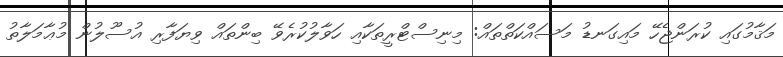
މަޤާމުގައި ކުރަންޖެހޭ މައިގަނޑު މަސައްކަތްތައް: މިނިސްޓްރީތަކާއި ހަވާލުކުރެވޭ ބިންތައް ވިޔަފާރި އުސޫލުން މުޢާމަލާތު